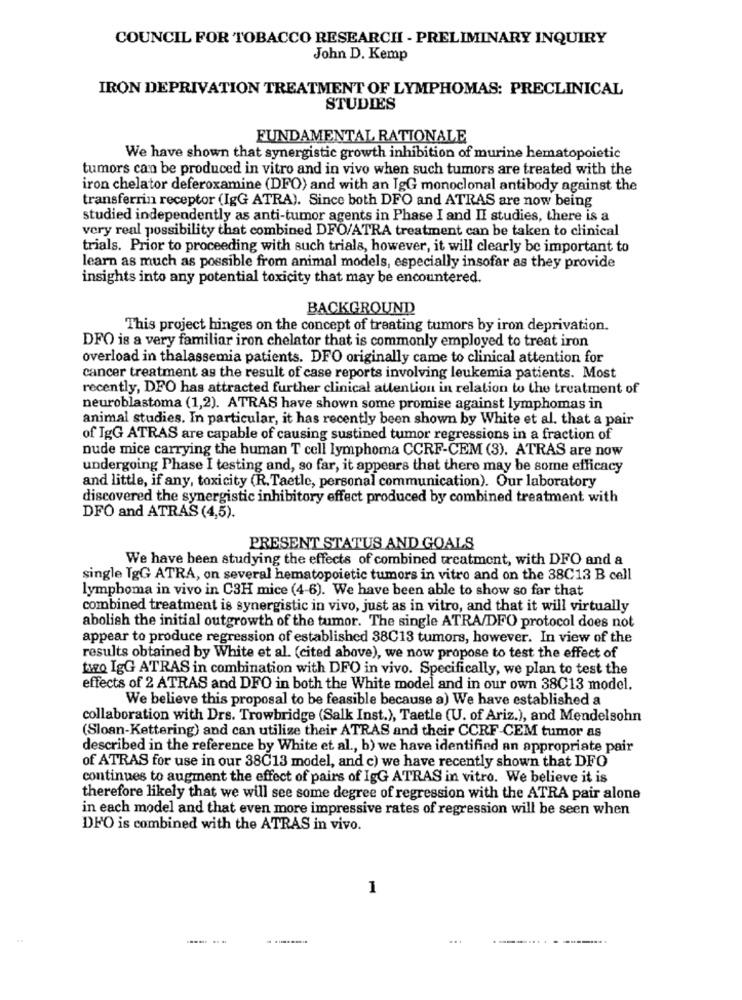
COUNCIL FOR TOBACCO RESEARCH - PRELIMINARY INQUIRY
John D. Kemp
IRON DEPRIVATION TREATMENT OF LYMPHOMAS: PRECLINICAL
STUDIES
FUNDAMENTAL RATIONALE
We have shown that synergistic growth inhibition of murine hematopoietic
tumors can be produced in vitro and in vivo when such tumors are treated with the
iron chelator deferoxamine (DFO) and with an IgG monoclonal antibody against the
transferrin receptor (IgG ATRA). Since both DFO and ATRAS are now being
studied independently as anti-tumor agents in Phase I and II studies, there is a
very real possibility that combined DFO/ATRA treatment can be taken to clinical
trials. Prior to proceeding with such trials, however, it will clearly be important to
learn as much as possible from animal models, especially insofar as they provide
insights into any potential toxicity that may be encountered.
BACKGROUND
This project hinges on the concept of treating tumors by iron deprivation.
DFO is a very familiar iron chelator that is commonly employed to treat iron
overload in thalassemia patients. DFO originally came to clinical attention for
cancer treatment as the result of case reports involving leukemia patients. Most
recently, DFO has attracted further clinical attention in relation to the treatment of
neuroblastoma (1,2). ATRAS have shown some promise against lymphomas in
animal studies. In particular, it has recently been shown by White et al. that a pair
of IgG ATRAS are capable of causing sustined tumor regressions in a fraction of
nude mice carrying the human T cell lymphoma CCRF-CEM (3). ATRAS are now
undergoing Phase I testing and, so far, it appears that there may be some efficacy
and little, if any, toxicity (R.Taetle, personal communication). Our laboratory
discovered the synergistic inhibitory effect produced by combined treatment with
DFO and ATRAS (4,5).
PRESENT STATUS AND GOALS
We have been studying the effects of combined treatment, with DFO and a
single IgG ATRA, on several hematopoietic tumors in vitro and on the 38C13 B cell
lymphoma in vivo in C3H mice (4-6). We have been able to show so far that
combined treatment is synergistic in vivo, just as in vitro, and that it will virtually
abolish the initial outgrowth of the tumor. The single ATRA/DFO protocol does not
appear to produce regression of established 38C13 tumors, however. In view of the
results obtained by White et al. (cited above), we now propose to test the effect of
tuzQ IgG ATRAS in combination with DFO in vivo. Specifically, we plan to test the
effects of 2 ATRAS and DFO in both the White model and in our own 38C13 model.
We believe this proposal to be feasible because a) We have established a
collaboration with Drs. Trowbridge (Salk Inst.), Taetle (U. of Ariz.), and Mendelsohn
(Sloan-Kettering) and can utilize their ATRAS and their CCRF -CEM tumor as
described in the reference by White et al ., b) we have identified an appropriate pair
of ATRAS for use in our 38C13 model, and c) we have recently shown that DFO
continues to augment the effect of pairs of IgG ATRAS in vitro. We believe it is
therefore likely that we will see some degree of regression with the ATRA pair alone
in each model and that even more impressive rates of regression will be seen when
DFO is combined with the ATRAS in vivo.
1
...